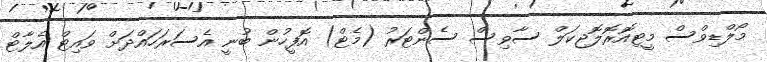
މޯލްޑިވްސް މީޓިއޮރޮލޮޖިކަލް ސާވިސް ސެންޓަރު (މެޓް) އޮފީހުން ބުނީ އެސަރަހައްދަށް ވައިޓް އެލާޓް